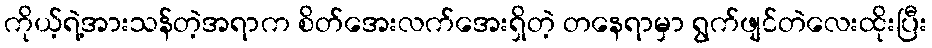
ကိုယ့်ရဲ့အားသန်တဲ့အရာက စိတ်အေးလက်အေးရှိတဲ့ တနေရာမှာ ရွက်ဖျင်တဲလေးထိုးပြီး